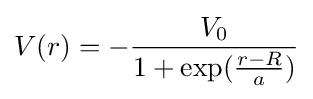
V(r)=-{\frac {V_{0}}{1+\exp({r-R \over a})}}